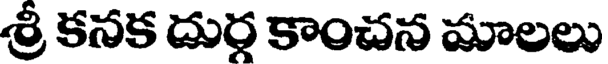
శ్రీ కనక దుర్గ కాంచన మాలలు